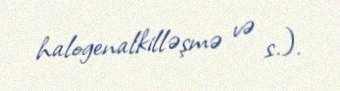
halogenalkilləşmə və s.).